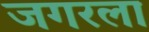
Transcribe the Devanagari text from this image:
जगरला